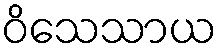
ဝိသေသာယ